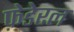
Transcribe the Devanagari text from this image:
फ़ेडेरल